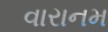
વારાનમ